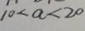
1 0 < a < 2 0